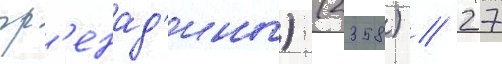
гр'енад'ины) (2358) // 27